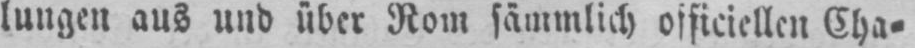
lungen aus und über Rom sämmlich officiellen Cha⸗